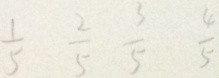
\frac { 1 } { 5 } \frac { 2 } { 5 } \frac { 3 } { 5 } \frac { 4 } { 5 }